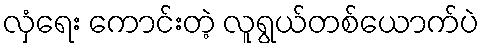
လှံရေး ကောင်းတဲ့ လူရွယ်တစ်ယောက်ပဲ